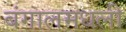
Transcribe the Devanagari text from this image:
बंगालमधली